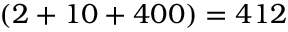
( 2 + 1 0 + 4 0 0 ) = 4 1 2